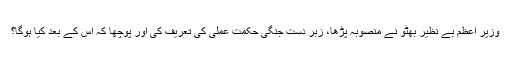
وزیر اعظم بے نظیر بھٹو نے منصوبہ پڑھا، زبر دست جنگی حکمت عملی کی تعریف کی اور پوچھا کہ اس کے بعد کیا ہوگا؟